Report on the bubonic plague in Bombay, 1896-1897
Year: 1896
Disease focus: Plague
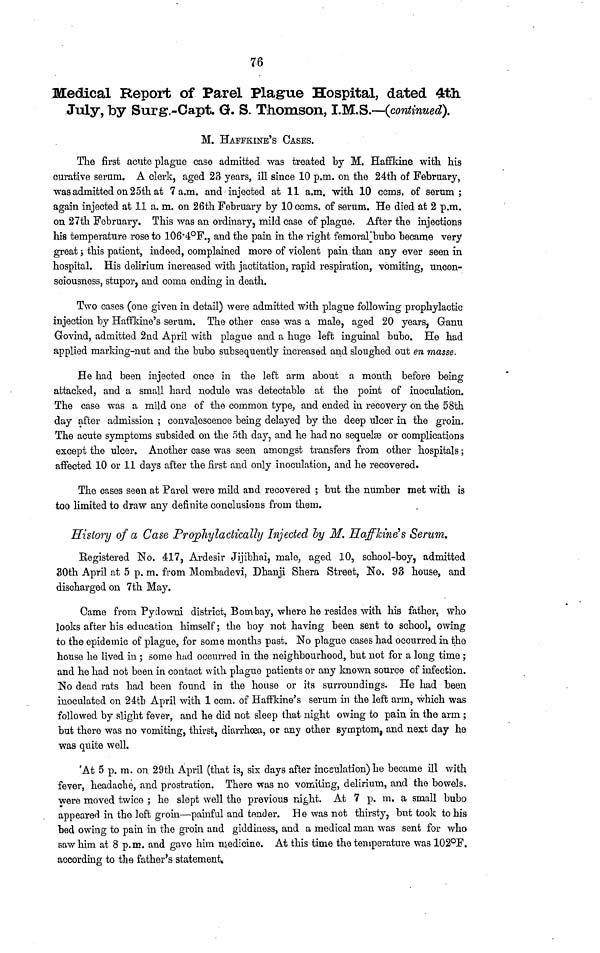
76
Medical Report of Parel Plague Hospital, dated 4th.
July, by Surg-Capt. G. S. Thomson, I.M.S.—(continued).
M. HAFFKINE'S OASES.
The first acute plague case admitted was treated by M. Haffkine with his
curative serum. A clerk, aged 23 years, ill since 10 p.m. on the 24th of February,
was admitted on 25th at 7a.m. and injected at 11 a.m. with 10 ccms. of serum;
again injected at 11 a. m. on 26th February by 10 ccms. of serum. He died at 2 p.m.
on 27th February. This was an ordinary, mild case of plague. After the injections
his temperature rose to 106 4°F., and the pain in the right femoral bubo became very
great ; this patient, indeed, complained more of violent pain than any ever seen in
hospital. His delirium increased with jactitation, rapid respiration, vomiting, uncon-
sciousness, stupor, and coma ending in death.
Two cases (one given in detail) were admitted with plague following prophylactic
injection by Haffkine's serum. The other case was a male, aged 20 years, Ganu
Govind, admitted 2nd April with plague and a huge left inguinal bubo. He had
applied marking-nut and the bubo subsequently increased and sloughed out en masse.
He had been injected once in the left arm about a month before being
attacked, and a small hard nodule was detectable at the point of inoculation.
The case was a mild one of the common type, and ended in recovery on the 58th
day after admission ; convalescence being delayed by the deep ulcer in the groin.
The acute symptoms subsided on the 5th day, and he had no sequelæ or complications
except the ulcer. Another case was seen amongst transfers from other hospitals ;
affected 10 or 11 days after the first and only inoculation, and he recovered.
The cases seen at Parel were mild and recovered ; but the number met with is
too limited to draw any definite conclusions from them.
History of a Case Prophylactically Injected by M. Hafkine's Serum.
Registered No. 417, Ardesir Jijibhai, male, aged 10, school-boy, admitted
30th April at 5 p. m. from Mombadevi, Dhanji Shera Street, No. 93 house, and
discharged on 7th May.
Came from Pydowni district, Bombay, where he resides with his father, who
looks after his education himself; the boy not having been sent to school, owing
to the epidemic of plague, for some months past. No plague cases had occurred in the
house he lived in ; some luid occurred in the neighbourhood, but not for a long time ;
and he had not been in contact with plague patients or any known source of infection.
No dead rats had been found in the house or its surroundings. He had been
inoculated on 24th April with 1 ccm. of Haffkine's serum in the left arm, which was
followed by slight fever, and he did not sleep that night owing to pain in the arm ;
but there was no vomiting, thirst, diarrhœa, or any other symptom, and next day he
was quite well.
At 5 p. m. on 29th April (that is, six days after inceulation) he became ill with
fever, headache, and prostration. There was no vomiting, delirium, and the bowels,
were moved twice ; he slept well the previous night. At 7 p. m. a small bubo
appeared in the left groin—painful and tender. He was not thirsty, but took to his
bed owing to pain in the groin and giddiness, and a medical man was sent for who
saw him at 8 p.m. and gave him medicine. At this time the temperature was 102°F.
according to the father's statement.